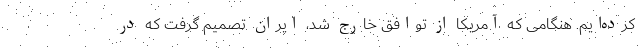
کرده‌ایم. هنگامی که آمریکا از توافق خارج شد، ایران تصمیم گرفت که در